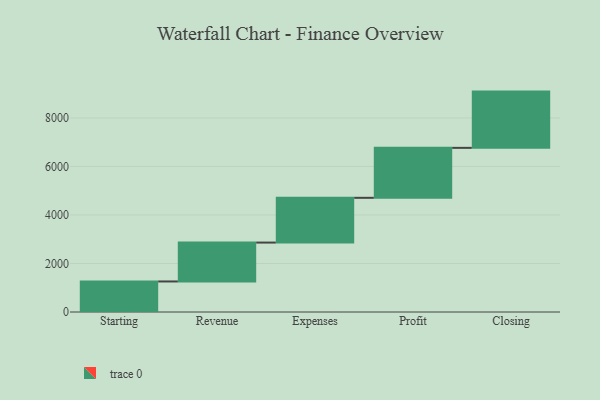
{"axis": {"x": "Step", "y": "Value"}, "legend": [""], "data": [{"x": "Starting", "y": 1259.0, "type": ""}, {"x": "Revenue", "y": 1603.0, "type": ""}, {"x": "Expenses", "y": 1846.0, "type": ""}, {"x": "Profit", "y": 2060.0, "type": ""}, {"x": "Closing", "y": 2319.0, "type": ""}]}